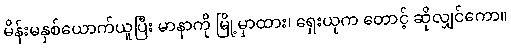
မိန်းမနှစ်ယောက်ယူပြီး မာနာကို မြို့မှာထား၊ ရှေးယုက တောင့် ဆိုလျှင်ကော။